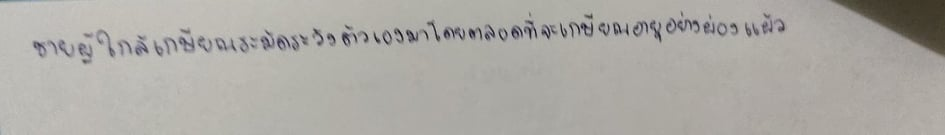
ชายผู้ใกล้เกษียณระมัดระวังตัวเองมาโดยตลอดที่จะเกษียณอายุอย่างผ่องแผ้ว